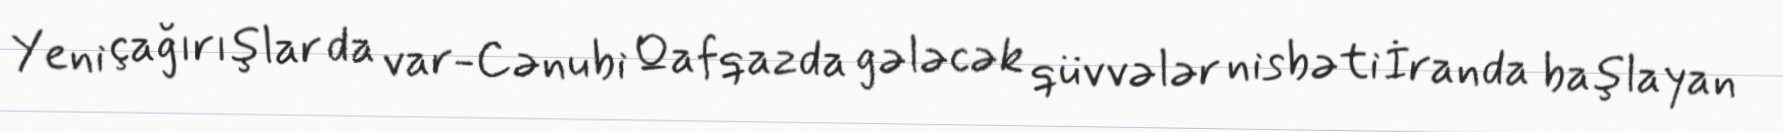
Yeni çağırışlar da var-Cənubi Qafqazda gələcək qüvvələr nisbəti İranda başlayan